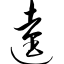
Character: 逵